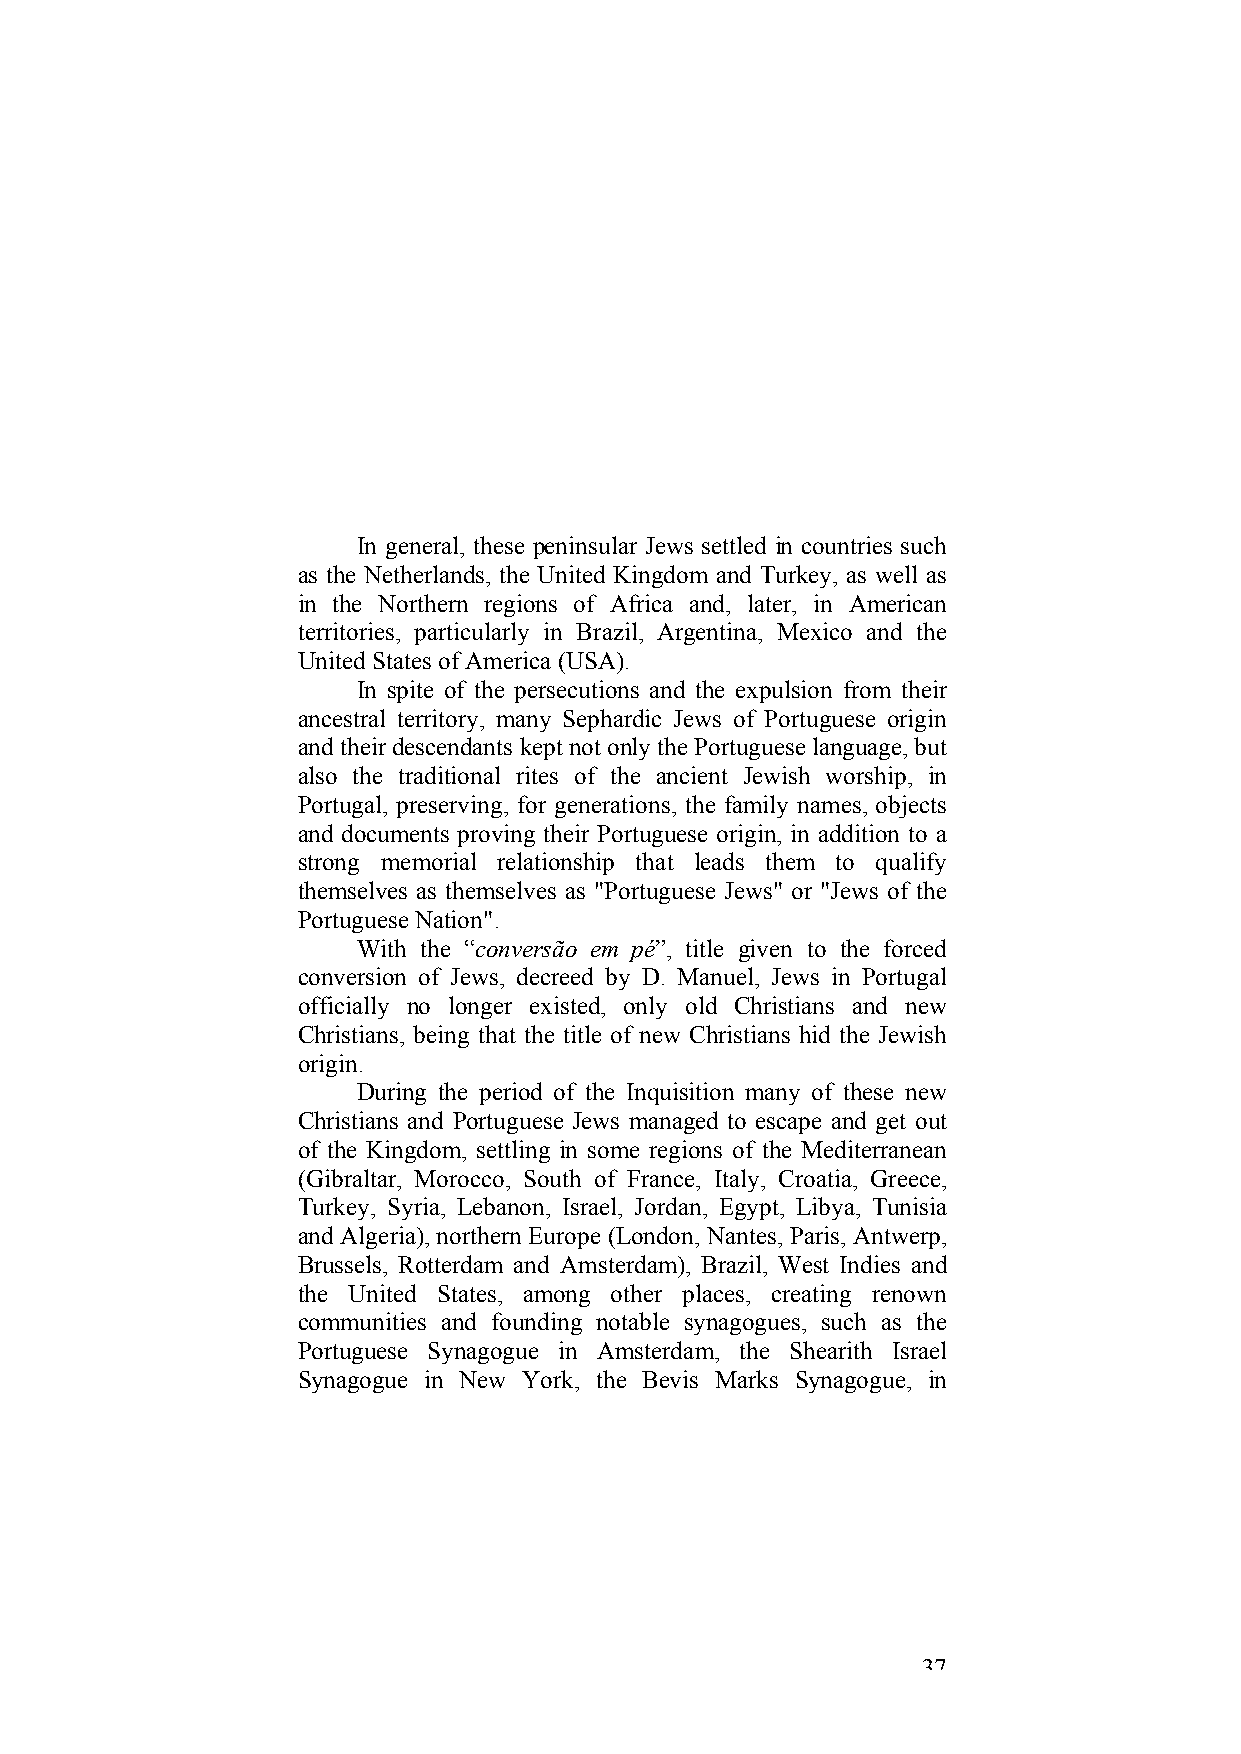
In general, these peninsular Jews settled in countries such
 as the Netherlands, the United Kingdom and Turkey, as well as
 in the Northern regions of Africa and, later, in American
 territories, particularly in Brazil, Argentina, Mexico and the
 United States of America (USA).
 In spite of the persecutions and the expulsion from their
 ancestral territory, many Sephardic Jews of Portuguese origin
 and their descendants kept not only the Portuguese language, but
 also the traditional rites of the ancient Jewish worship, in
 Portugal, preserving, for generations, the family names, objects
 and documents proving their Portuguese origin, in addition to a
 strong memorial relationship that leads them to qualify
 themselves as themselves as "Portuguese Jews" or "Jews of the
 Portuguese Nation".
 With the “conversão em pé”, title given to the forced
 conversion of Jews, decreed by D. Manuel, Jews in Portugal
 officially no longer existed, only old Christians and new
 Christians, being that the title of new Christians hid the Jewish
 origin.
 During the period of the Inquisition many of these new
 Christians and Portuguese Jews managed to escape and get out
 of the Kingdom, settling in some regions of the Mediterranean
 (Gibraltar, Morocco, South of France, Italy, Croatia, Greece,
 Turkey, Syria, Lebanon, Israel, Jordan, Egypt, Libya, Tunisia
 and Algeria), northern Europe (London, Nantes, Paris, Antwerp,
 Brussels, Rotterdam and Amsterdam), Brazil, West Indies and
 the United States, among other places, creating renown
 communities and founding notable synagogues, such as the
 Portuguese Synagogue in Amsterdam, the Shearith Israel
 Synagogue in New York, the Bevis Marks Synagogue, in
 37